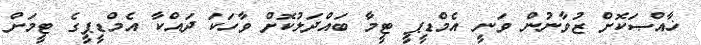
ޚާއްޞަކޮށް ޒުވާނުން ވަނީ އެމްޑީޕީ ޓީމާ ބައްދަލުކޮށް ވާހަކަ ދައްކާ އެމްޑީޕީގެ ޓީމަށް